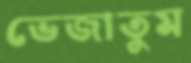
ভেজাতুম